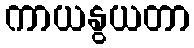
ကာယနွယတာ